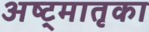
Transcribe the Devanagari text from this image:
अष्ट्मातृका